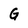
Character: G